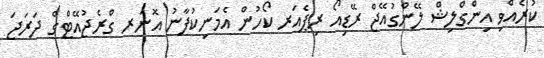
ކުރެއްވި އިންގްލިޝް ލޭންގުއޭޖް ރޭޑިއޯ ރިޕެއަރ ކޯހުން އެމަނިކުފާނު އޮނަރ ގްރެޖުއޭޓްގެ ދަރަޖަ